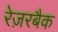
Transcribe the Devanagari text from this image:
रेज़रबैक